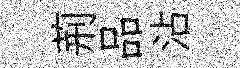
荊品沾